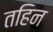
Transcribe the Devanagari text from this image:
तहिन